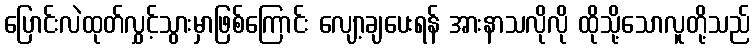
ပြောင်းလဲထုတ်လွှင့်သွားမှာဖြစ်ကြောင်း လျော့ချပေးရန် အားနာသလိုလို ထိုသို့သောလူတို့သည်